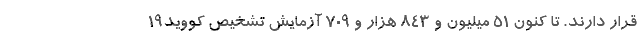
قرار دارند. تا کنون ۵۱ میلیون و ۸۴۳ هزار و ۷۰۹ آزمایش تشخیص کووید۱۹